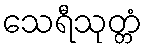
သေရီသုတ္တံ